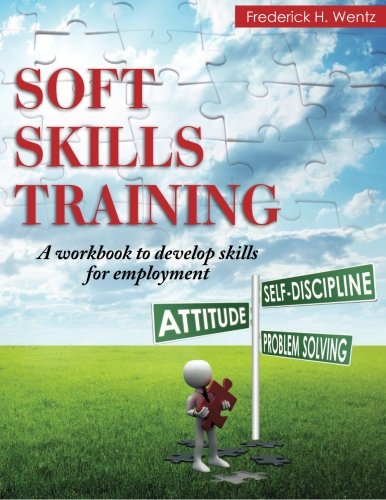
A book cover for Soft Skills Training: A Workbook to Develop Skills for Employment; Frederick H. Wentz; Business & Money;